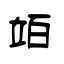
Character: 竡